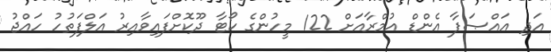
އަދި އައްޞަފާ އެންޑް އުމްރާއަށް 122 މީހުންގެ ކޯޓާ ދޫކޮށްފައިވާއިރު އަލްފަތުހު ހައްޖު